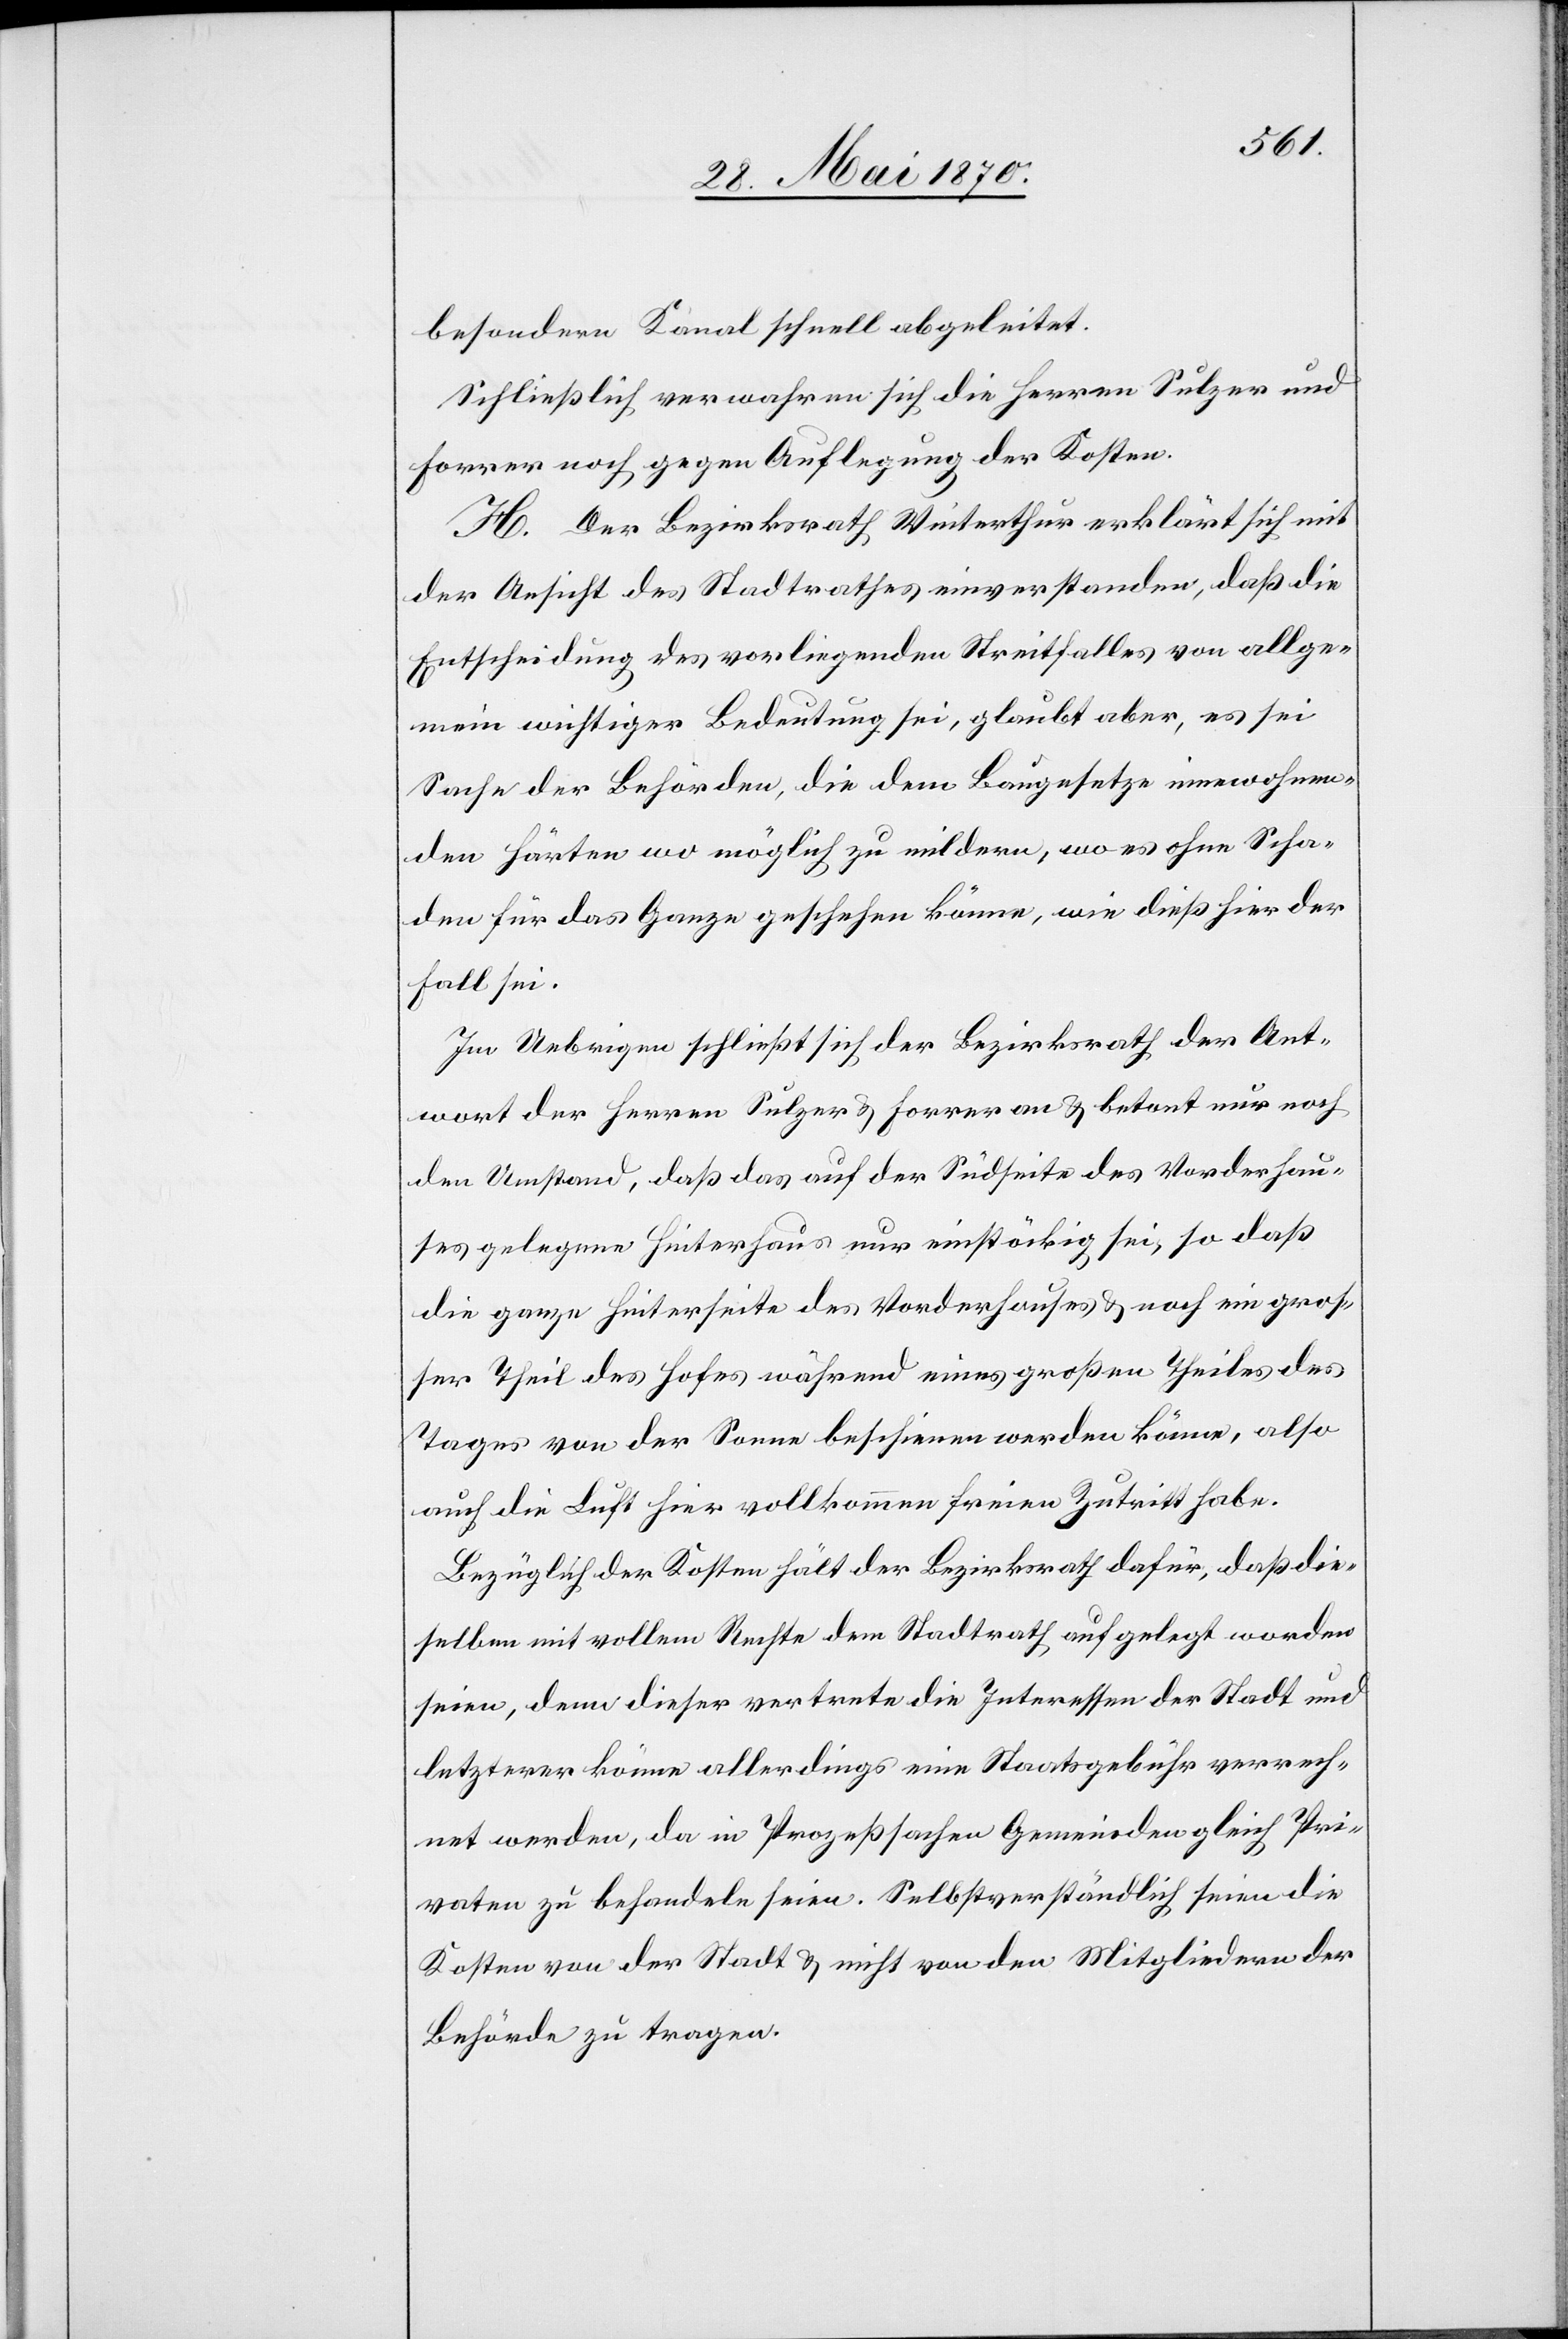
besondern Kanal schnell abgeleitet.
Schließlich verwahren sich die Herren Sulzer und
Forrer noch gegen Auflegung der Kosten.
H. Der Bezirksrath Winterthur erklärt sich mit
der Ansicht des Stadtrathes einverstanden, daß die
Entscheidung des vorliegenden Streitfalles von allge¬
mein wichtiger Bedeutung sei, glaubt aber, es sei
Sache der Behörden, die dem Baugesetze innewohn¬
en Härten wo möglich zu mildern, wo es ohne Scha¬
den für das Ganze geschehen könne, wie dieß hier der
Fall sei.
Im Uebrigen schließt sich der Bezirksrath der Ant¬
wort der Herren Sulzer & Forrer an & betont nur noch
den Umstand, daß das auf der Südseite des Vorderhau¬
ses gelegene Hinterhaus nur einstöckig sei, so daß
die ganze Hinterseite des Vorderhauses & noch ein gros¬
ser Theil des Hofes während eines großen Theiles des
Tages von der Sonne beschienen werden könne, also
auch die Luft hier vollkommen freien Zutritt habe.
Bezüglich der Kosten hält der Bezirksrath dafür, daß die¬
selben mit vollem Rechte dem Stadtrath aufgelegt worden
seien, denn dieser vertrete die Interessen der Stadt und
letzterer könne allerdings eine Staatsgebühr verrech¬
net werden, da in Prozeßsachen Gemeinden gleich Pri¬
vaten zu behandeln seien. Selbstverständlich seien die
Kosten von der Stadt & nicht von den Mitgliedern der
Behörde zu tragen.